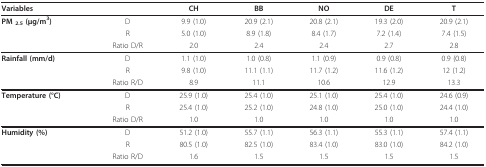
| Variables |  | CH | BB | NO | DE | T |
 | --- | --- | --- | --- | --- | --- | --- |
 | PM 2.5 (μg/m3) | D | 9.9 (1.0) | 20.9 (2.1) | 20.8 (2.1) | 19.3 (2.0) | 20.9 (2.1) |
 |  | R | 5.0 (1.0) | 8.9 (1.8) | 8.4 (1.7) | 7.2 (1.4) | 7.4 (1.5) |
 |  | Ratio D/R | 2.0 | 2.4 | 2.4 | 2.7 | 2.8 |
 | Rainfall (mm/d) | D | 1.1 (1.0) | 1.0 (0.8) | 1.1 (0.9) | 0.9 (0.8) | 0.9 (0.8) |
 |  | R | 9.8 (1.0) | 11.1 (1.1) | 11.7 (1.2) | 11.6 (1.2) | 12 (1.2) |
 |  | Ratio R/D | 8.9 | 11.1 | 10.6 | 12.9 | 13.3 |
 | Temperature (°C) | D | 25.9 (1.0) | 25.4 (1.0) | 25.1 (1.0) | 25.4 (1.0) | 24.6 (0.9) |
 |  | R | 25.4 (1.0) | 25.2 (1.0) | 24.8 (1.0) | 25.0 (1.0) | 24.4 (1.0) |
 |  | Ratio D/R | 1.0 | 1.0 | 1.0 | 1.0 | 1.0 |
 | Humidity (%) | D | 51.2 (1.0) | 55.7 (1.1) | 56.3 (1.1) | 55.3 (1.1) | 57.4 (1.1) |
 |  | R | 80.5 (1.0) | 82.5 (1.0) | 83.4 (1.0) | 83.0 (1.0) | 84.2 (1.0) |
 |  | Ratio R/D | 1.6 | 1.5 | 1.5 | 1.5 | 1.5 |